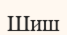
Шиш